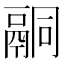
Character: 𮹑